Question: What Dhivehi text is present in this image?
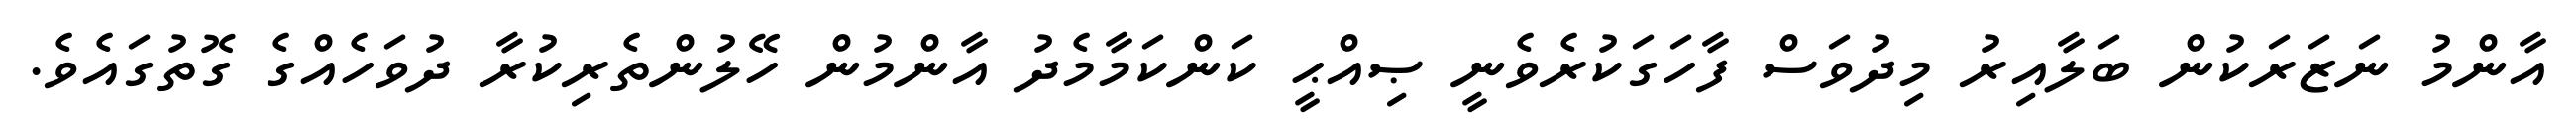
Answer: އާންމު ނަޒަރަކުން ބަލާއިރު މިދުވަސް ފާހަގަކުރެވެނީ ޞިއްޙީ ކަންކަމާމެދު އާންމުން ހޭލުންތެރިކުރާ ދުވަހެއްގެ ގޮތުގައެވެ.